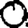
Digit: 0